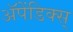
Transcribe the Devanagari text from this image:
अॅपेंडिक्स्